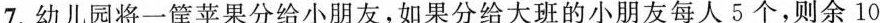
7.幼儿园将一筐苹果分给小朋友，如果分给大班的小朋友每人5个，则余10